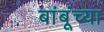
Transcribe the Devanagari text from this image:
बांबूंच्या